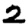
Digit: 2